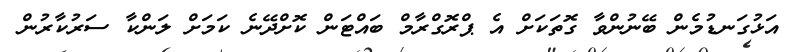
އަޅުގަނޑުމެން ބޭނުންވާ ގޮތަކަށް އެ ޕްރޮގްރާމް ބައްޓަން ކޮށްދޭނެ ކަމަށް ލަންކާ ސަރުކާރުން